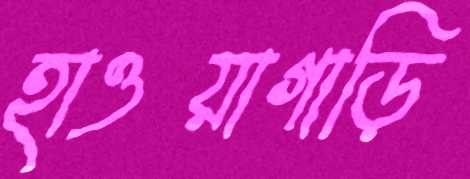
হাওয়াগাড়ি